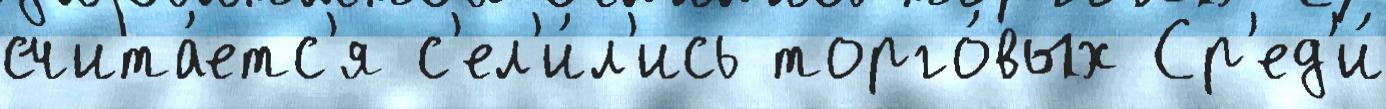
счита́етс'я с'ел'и́л'ись торго́вых Ср'ед'и́